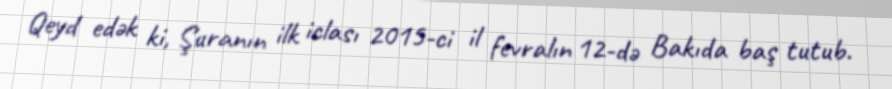
Qeyd edək ki, Şuranın ilk iclası 2015-ci il fevralın 12-də Bakıda baş tutub.